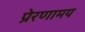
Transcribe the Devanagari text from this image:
प्रेरणामय